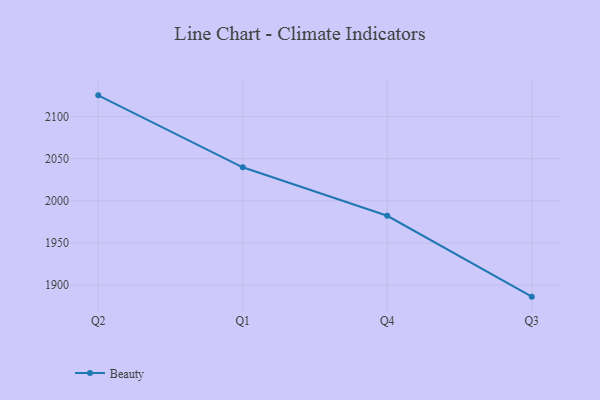
{"axis": {"x": "Quarter", "y": "Headcount"}, "legend": ["Beauty"], "data": [{"x": "Q2", "y": 2125.2, "type": "Beauty"}, {"x": "Q1", "y": 2039.8, "type": "Beauty"}, {"x": "Q4", "y": 1982.2, "type": "Beauty"}, {"x": "Q3", "y": 1886.2, "type": "Beauty"}]}